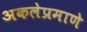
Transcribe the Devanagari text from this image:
अकलेप्रमाणे